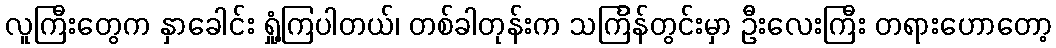
လူကြီးတွေက နှာခေါင်း ရှုံ့ကြပါတယ်၊ တစ်ခါတုန်းက သင်္ကြန်တွင်းမှာ ဦးလေးကြီး တရားဟောတော့